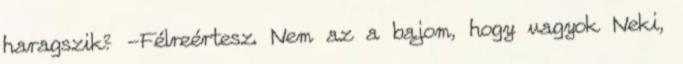
haragszik? -Félreértesz. Nem az a bajom, hogy vagyok Neki,